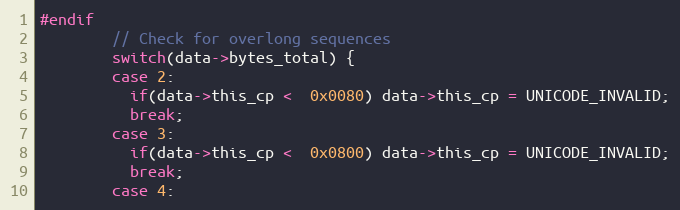
Language: C
#endif
        // Check for overlong sequences
        switch(data->bytes_total) {
        case 2:
          if(data->this_cp <  0x0080) data->this_cp = UNICODE_INVALID;
          break;
        case 3:
          if(data->this_cp <  0x0800) data->this_cp = UNICODE_INVALID;
          break;
        case 4: